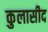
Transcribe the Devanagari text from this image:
कुलासीद